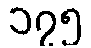
၁၇၅